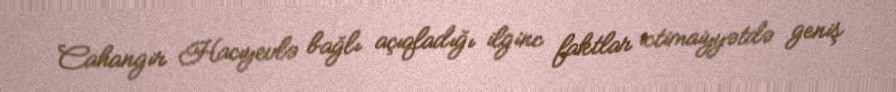
Cahangir Hacıyevlə bağlı açıqladığı ilginc faktlar ictimaiyyətdə geniş